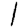
Digit: 1